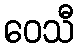
ဝေသီ